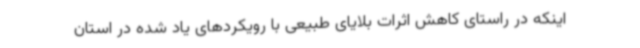
اینکه در راستای کاهش اثرات بلایای طبیعی با رویکردهای یاد شده در استان